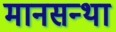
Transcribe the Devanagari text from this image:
मानसन्था